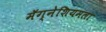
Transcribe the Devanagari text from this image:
मॅग्नेशियमला